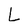
Character: L